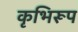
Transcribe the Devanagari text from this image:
कृभिरूप